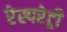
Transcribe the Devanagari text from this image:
रेस्परेट्री